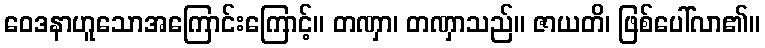
ဝေဒနာဟူသောအကြောင်းကြောင့်။ တဏှာ၊ တဏှာသည်။ ဇာယတိ၊ ဖြစ်ပေါ်လာ၏။